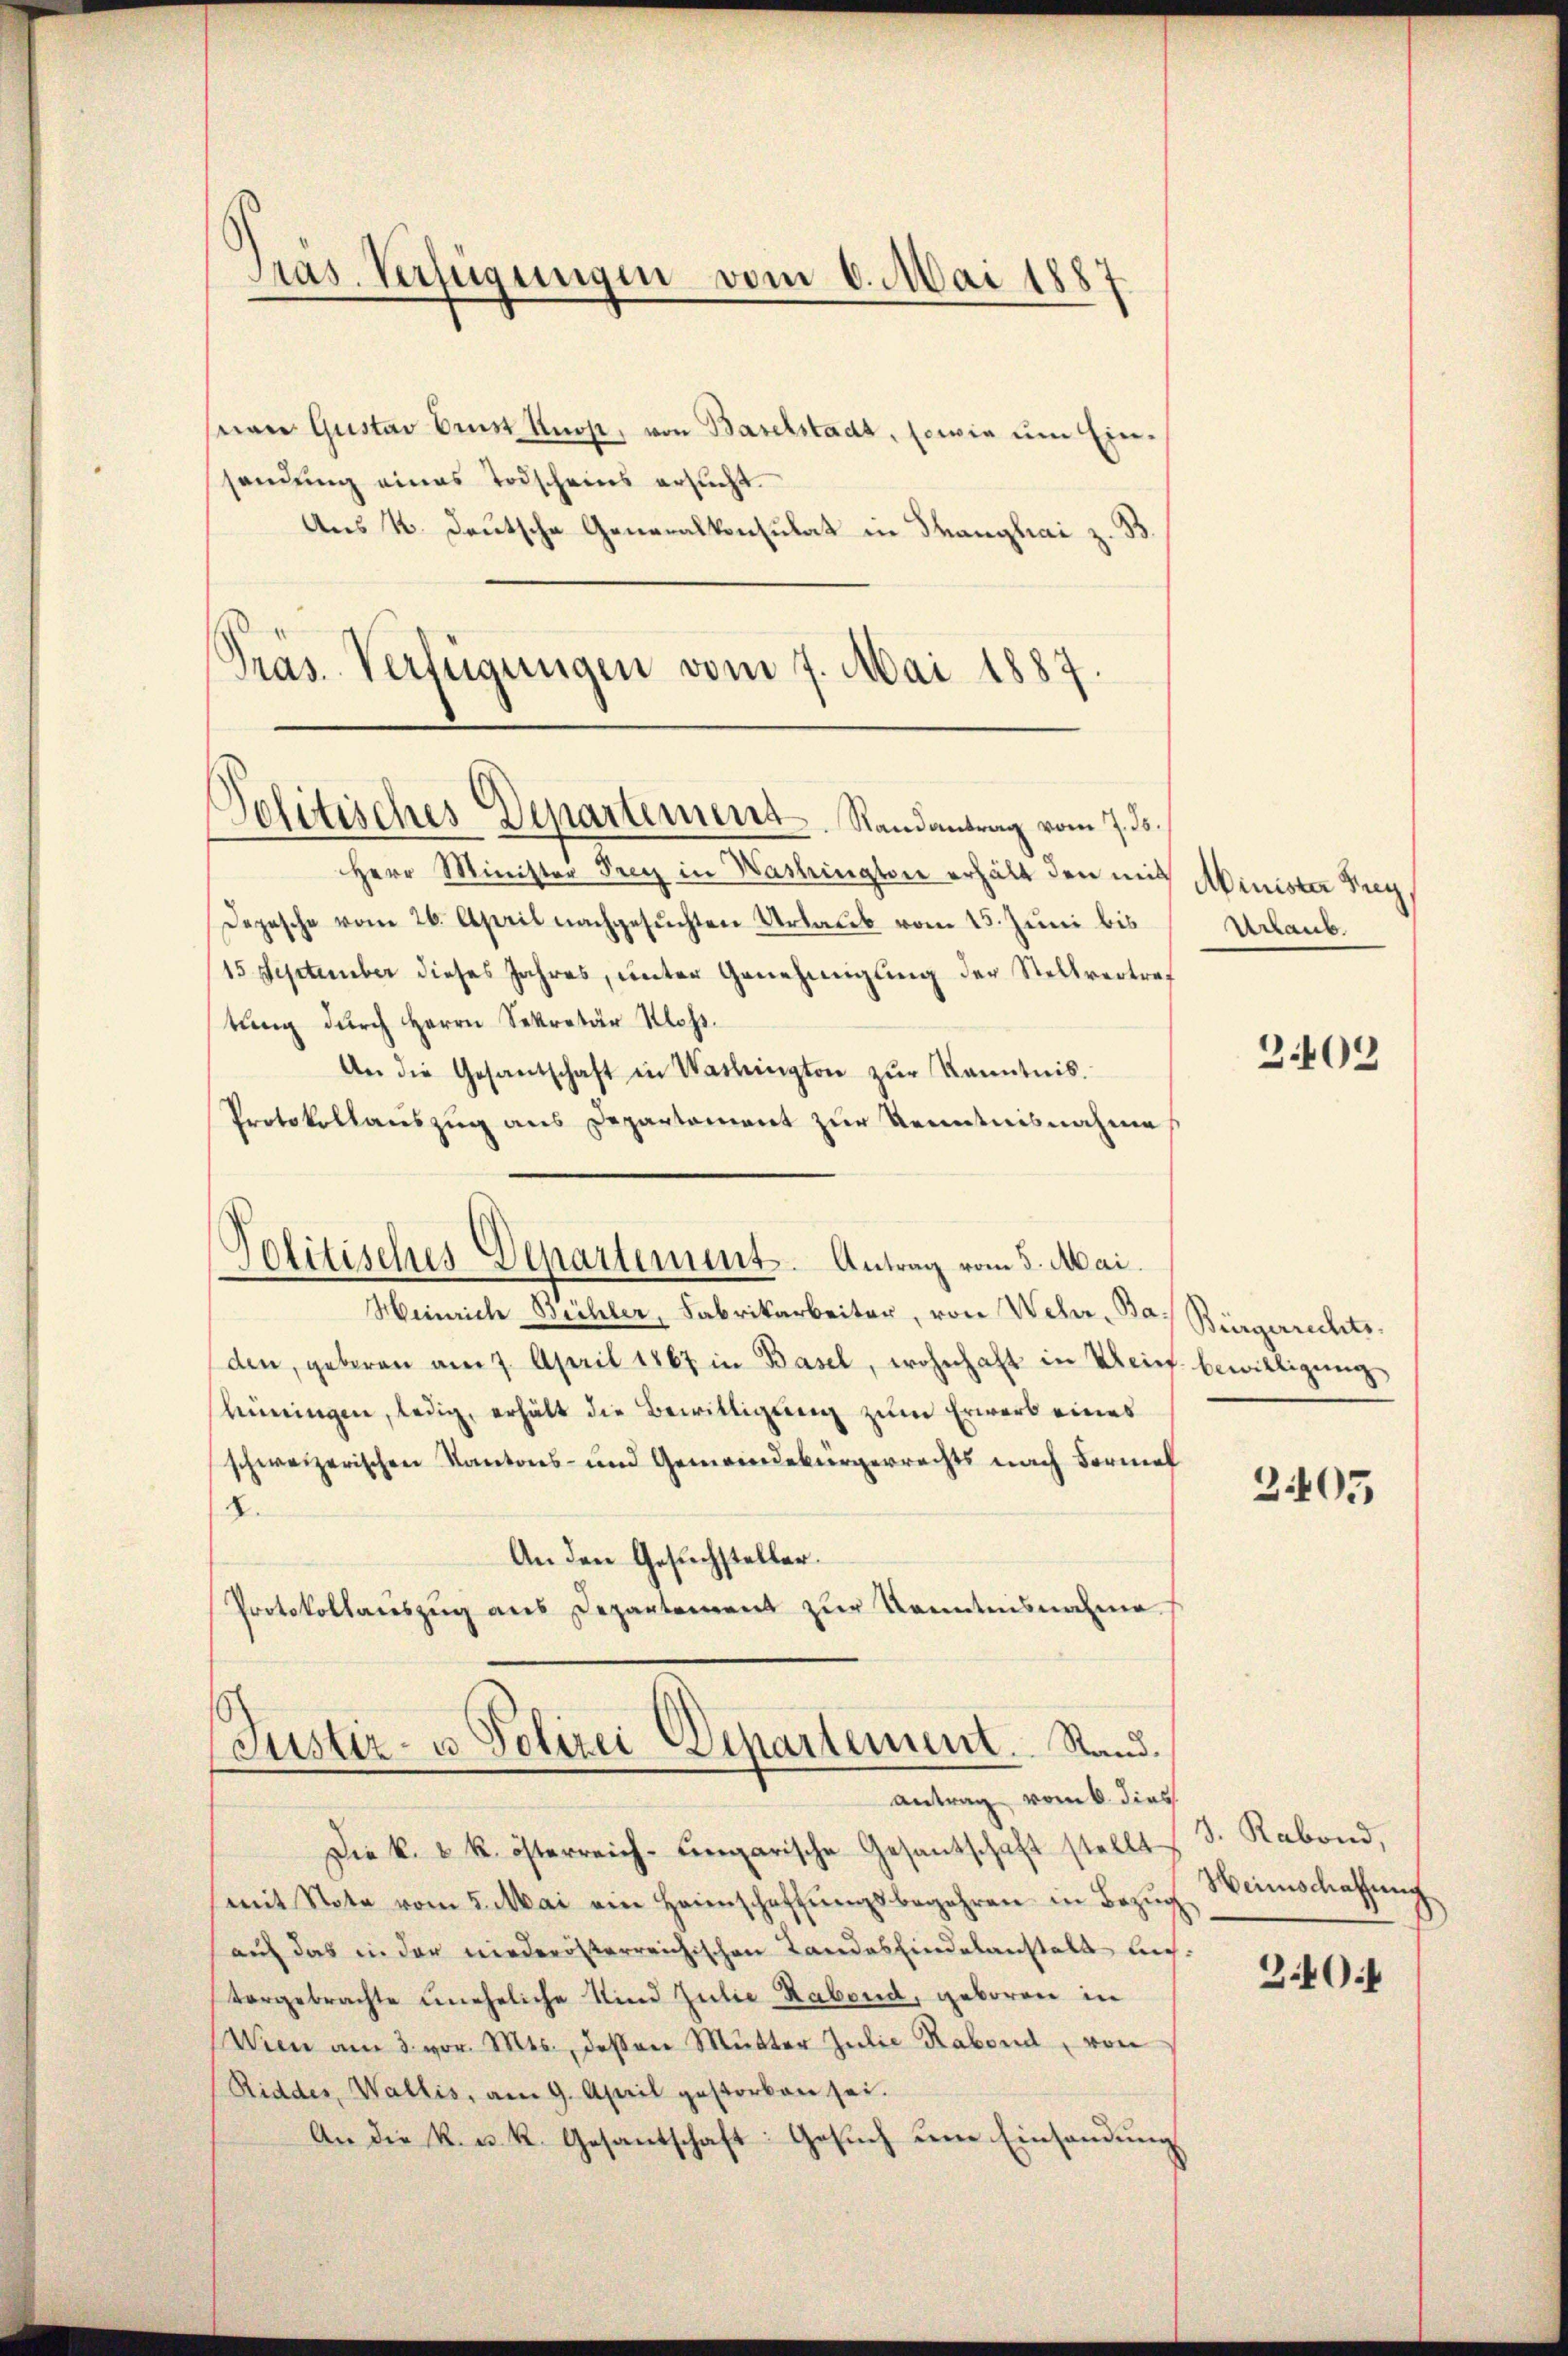
nan Gustav Brust Knop, von Baselstadt, sowie um Ein-
sendung eines Todscheins ersucht.
Aus K. Deutsche Generalkonsulat in Thanghai z.
Präs. Verfügungen vom 7. Mai 1887.

Pras. Verfügungen vom 6. Mai 1887

Politisches Departement. Randantrag vom 7. ds.

Politisches Departement. Antrag vom 5. Mai.

Herr Minister Frey in Washington erhält den mit
Depesche vom 26. April nachgesuchten Urlaub vom 15. Juni bis
15 September dieses Jahres, unter Genehmigung der Stellvertretung durch Herrn Sekretär Klass.
An die Gesantschaft in Washington zŭr Kenntnis.
Protokollauszug aus Departement zur Kenntnisnahme
Heinrich Büchler, Fabrikarbeiter, von Wehr, Bas Bürgerrechtsden, geberen am 7. April 1867 in Basel, wohnhaft in Urief bewilligung
hineingen, ledig, erhält die Bewilligung zum Erwerb eines
schweizerischen Kantons- und Gemeindebürgerrechts nach Formel
d
An den Gesuchsteller.
Protokollauszug aus Departement zur Kenntnisnahme

Justiz- u Polizei Departement. Stand.
antrag vom 6. dies

Die k. u. k. österreich-ungarische Gesandschaft stellt
mit Nota vom 5. Mai ein Heinschaftŭngsbegehren in Bezŭg
auf das in der niederösterreichischen Landesfindelanstalt auch
vorgebrachte uneheliche Kind Julie Rabend, geboren in
Wien am 3. vor. Mts., dessen Mutter Julie Rabend, von
Ridder, Wallis, am 9. April gestorben sei.
An die k. u. k. Gesantschaft: Gesuch um Einsendungs

Minister Frey,
Urlaub.

3.409

3405

. Rabend,
Weinschaffung
30: